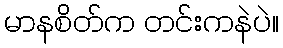
မာနစိတ်က တင်းကနဲပဲ။